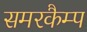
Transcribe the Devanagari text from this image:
समरकैम्प